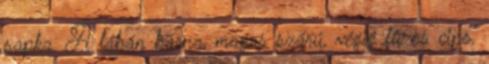
sapka. A lábán barna, magas szárú, végig fûzõs cipõ.